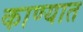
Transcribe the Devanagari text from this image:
काण्यात